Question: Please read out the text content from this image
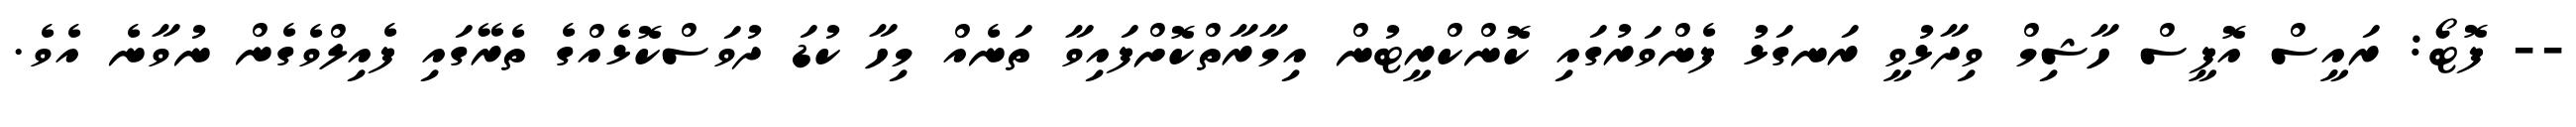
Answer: -- ފޮޓޯ: ރައީސް އޮފީސް ހާޝިމް ވިދާޅުވީ ރަނގަޅު ފެންވަރުގައި ކޮންކްރީޓުން އިމާރާތްކޮށްފައިވާ ތަނެއް މިހާ ކުޑަ ދުވަސްކޮޅެއްގެ ތެރޭގައި ފެއިލްވެގެން ނުވާނެ އެވެ.